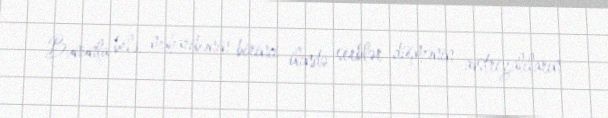
Bununla belə, müharibənin birinci ilində serblər düşmənin avstriyalıların